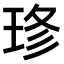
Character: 𤥬